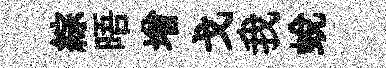
綜晤增戈我蛻